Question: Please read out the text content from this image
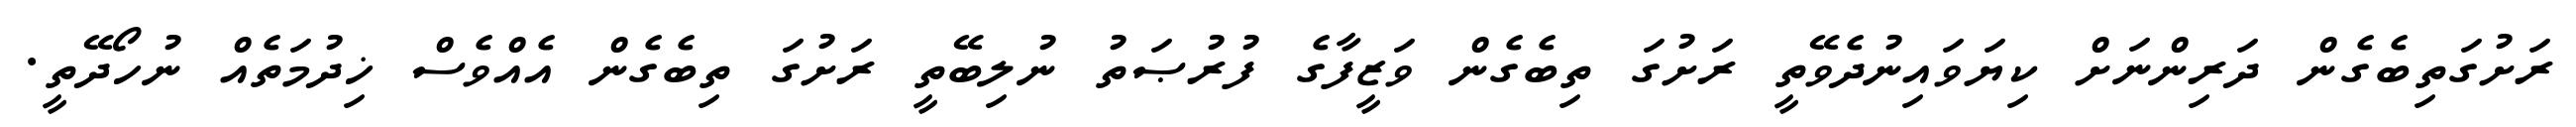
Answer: ރަށުގަތިބެގެން ދަރިންނަށް ކިޔަވައިނުދެވޭތީ ރަށުގަ ތިބެގެން ވަޒީފާގެ ފުރުޞަތު ނުލިބޭތީ ރަށުގަ ތިބެގެން އެއްވެސް ޚިދުމަތެއް ނުހޯދޭތީ.